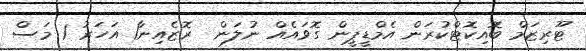
ޓޫރިޒަމް ބޮއިކޮޓްކުރަން އެމްޑީޕީން ގޮވައެއް ނުލަން  ރޮޒެއިނާ1 އަހަރު 1 މަސް